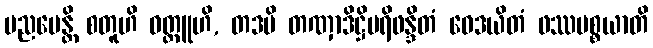
ပညပေန္တိ စတူဟိ ဝတ္ထူဟိ, တဒပိ တဏှာဒိဋ္ဌိပရိဖန္ဒိတံ ဝေဒယိတံ ဖဿပစ္စယာတိ